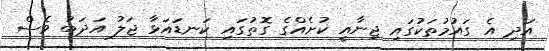
އަދި އެ ގައުމުތަކުގައި ޖިނާއީ ކުށެއްގެ ގޮތުގައި ކަނޑައަޅާ ޖަލު އަދަބު ވެސް